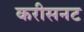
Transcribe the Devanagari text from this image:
करीसनट